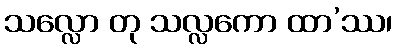
သလ္လော တု သလ္လကော ထာ’ဿ၊